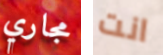
مجاري انت